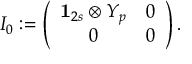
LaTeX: I _ { 0 } : = \left( \begin{array} { c c } { { { \bf 1 } _ { 2 s } \otimes Y _ { p } } } & { { 0 } } \\ { { 0 } } & { { 0 } } \end{array} \right) .